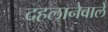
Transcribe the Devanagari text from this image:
दहलानेवाले